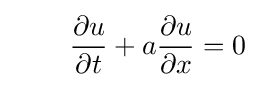
\qquad {\frac {\partial u}{\partial t}}+a{\frac {\partial u}{\partial x}}=0